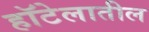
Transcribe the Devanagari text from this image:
हॉटेलातील